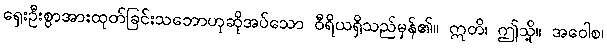
ရှေးဦးစွာအားထုတ်ခြင်းသဘောဟုဆိုအပ်သော ဝီရိယရှိသည်မှန်၏။ ဣတိ၊ ဤသို့။ အဝေါစ၊